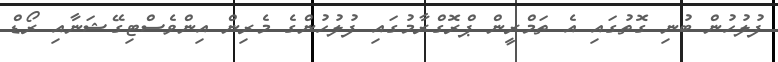
ފުލުހުން ބުނި ގޮތުގައި އެ ތަމްރީން ޕްރޮގްރާމުގައި ފުލުހުންގެ މެރިން އިންވެސްޓިގޭޝަނާއި ރޯޑް